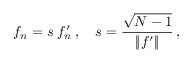
f _ { n } = s \; f _ { n } ^ { \prime } \, , \quad s = \frac { \sqrt { N - 1 } } { \left\Vert f ^ { \prime } \right\Vert } \, ,